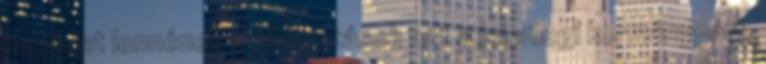
ha most lennének a választások azt a jelenlegi kormánypárt,